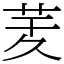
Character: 𦮖